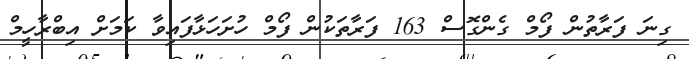
ގިނަ ފަރާތުން ފޯމް ގެންގޮސް 163 ފަރާތަކުން ފޯމް ހުށަހަޅާފައިވާ ކަމަށް އިބްރާހީމް